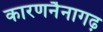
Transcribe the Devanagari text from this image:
कारणनैनागढ़